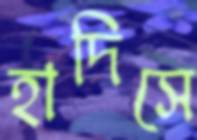
হাদিসে